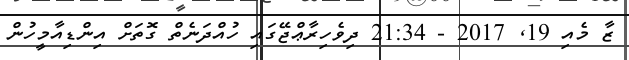
ޒާ މެއި 19